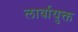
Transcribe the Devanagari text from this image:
लार्वायुक्त